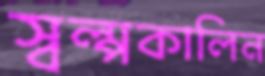
স্বল্পকালিন